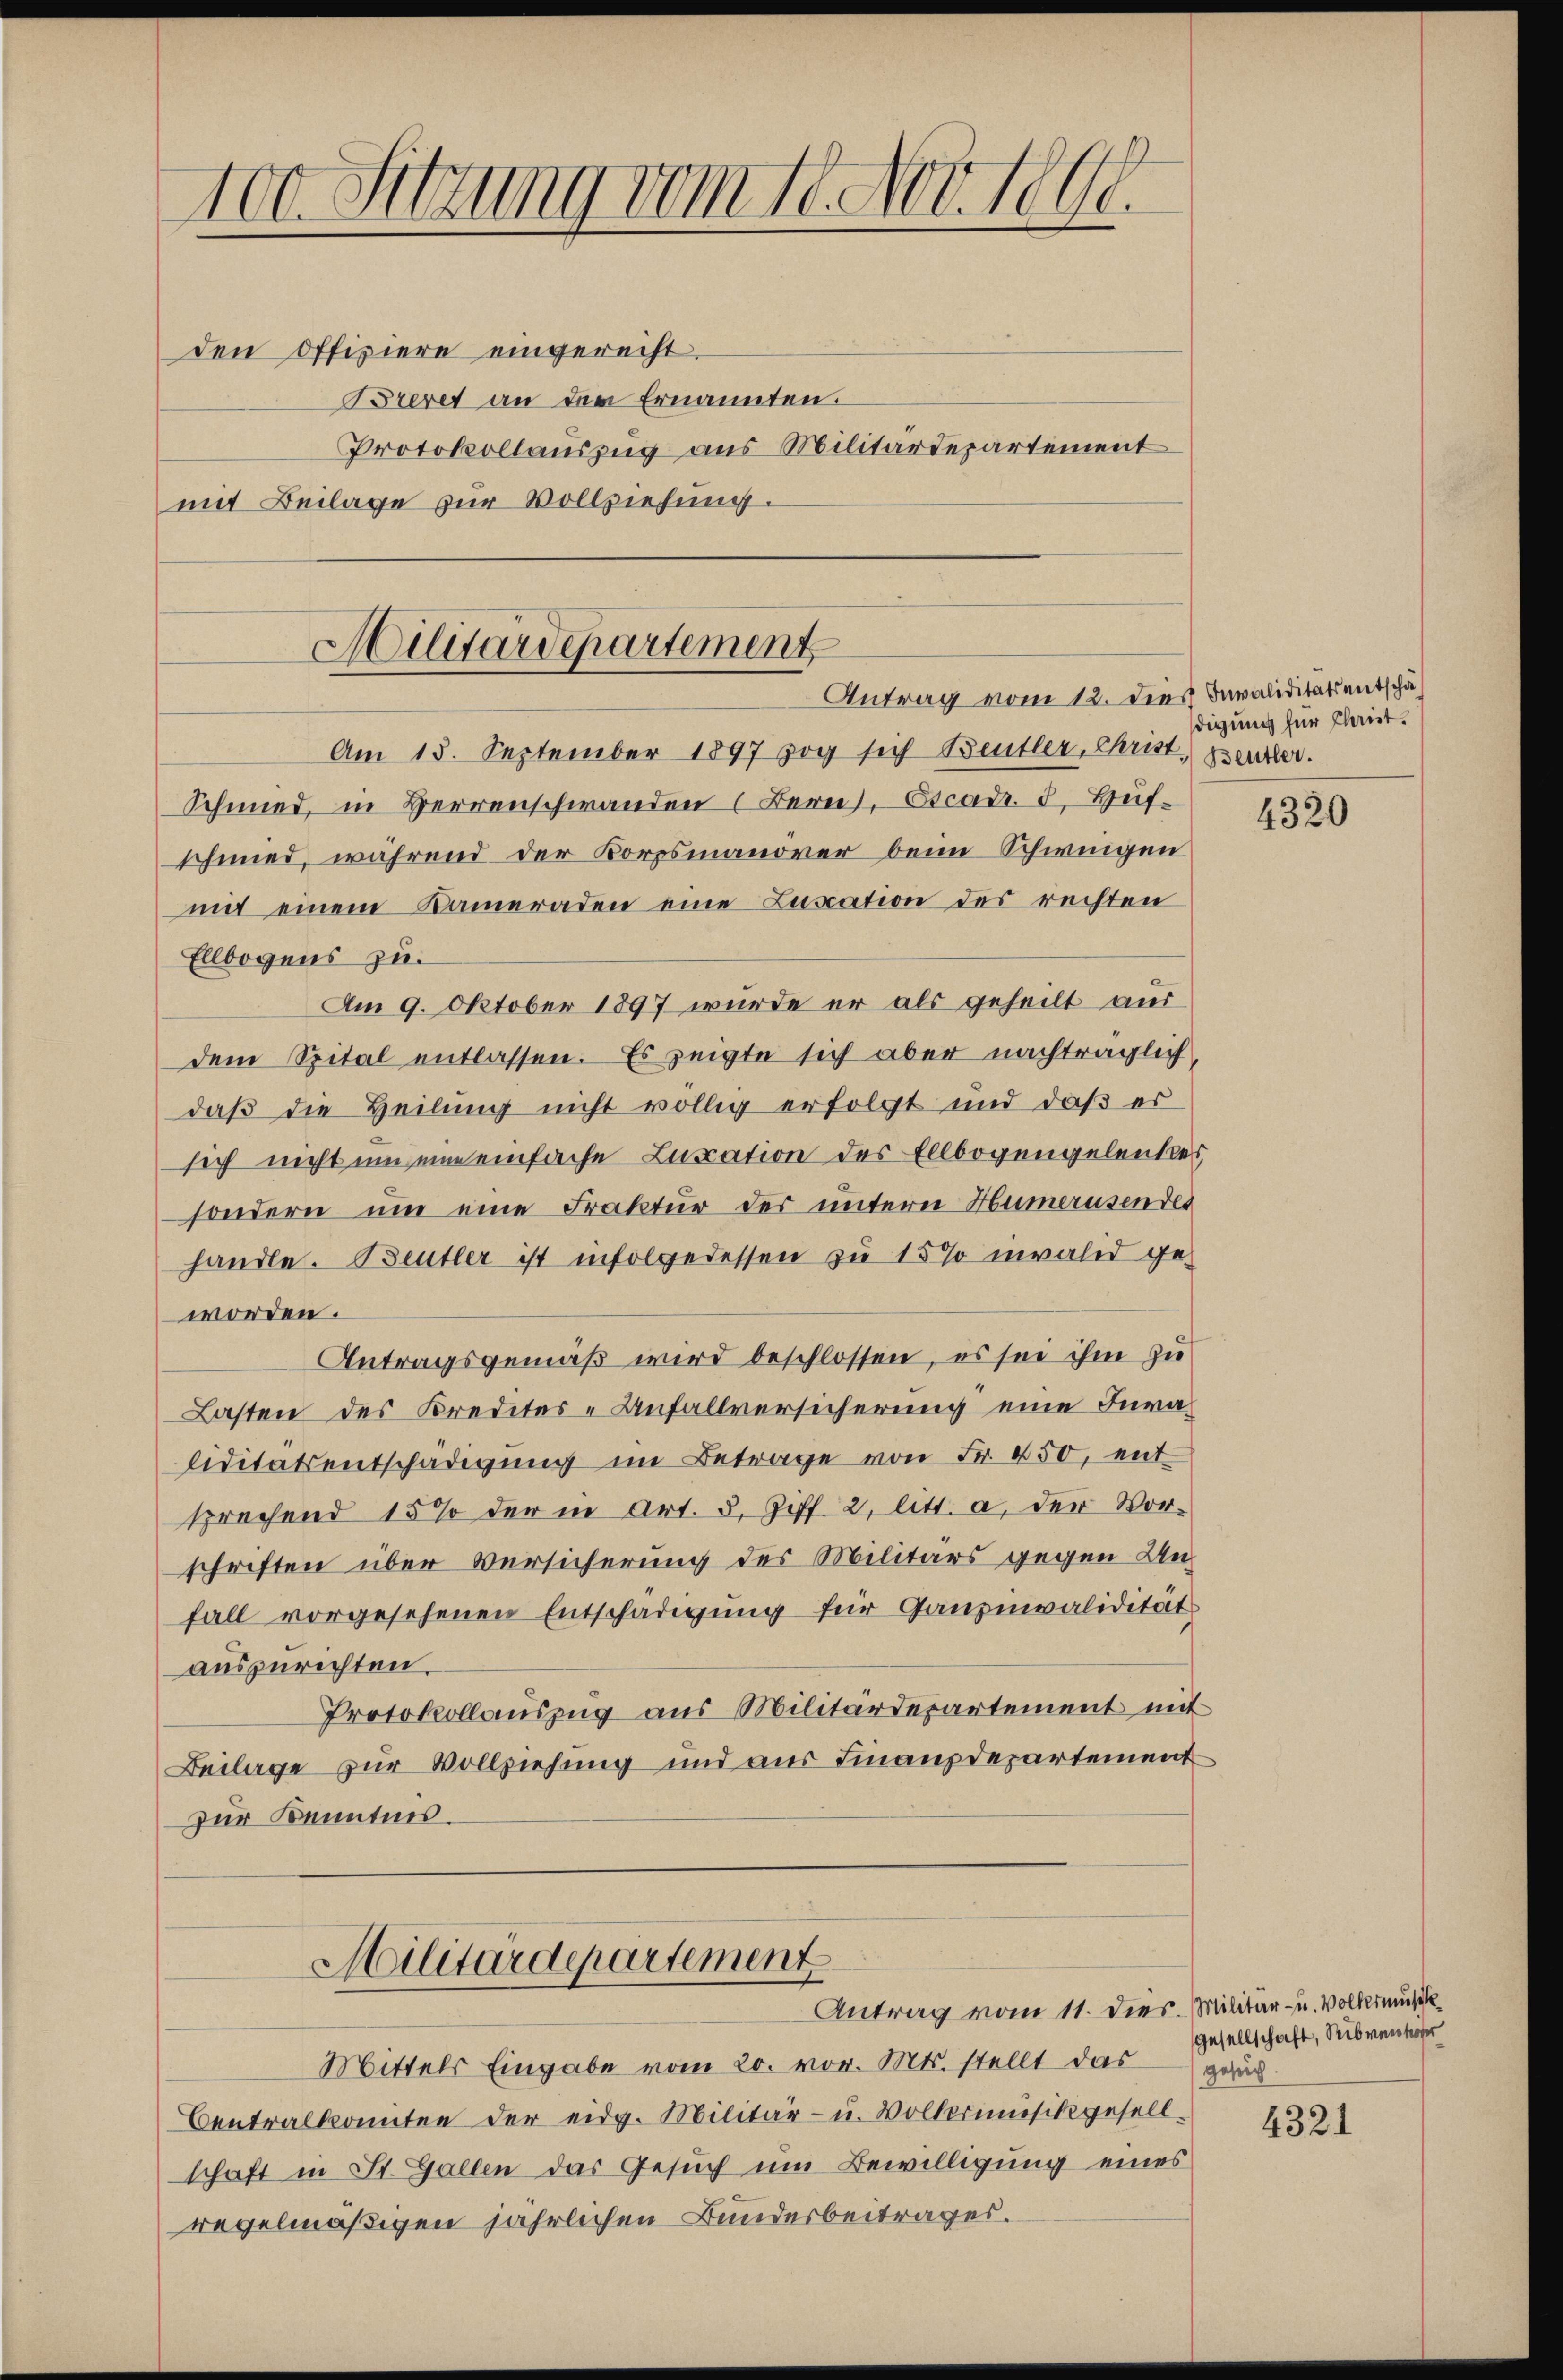
100. Sitzung vom 10. Nov. 1890.

den Offiziere eingerecht.
Brevet an der Ernannten.
Protokollauszug aus Militärdepartement
mit Beilage zur Vollziehung.

Militärdepartement
Antrag vom 12. Dies Invaliditats entschä

Militärdepartement
Antrag vom 11. dies. Militar- u. Volkermusik

Mittels Eingabe vom 20. vor. Mts. stellt das grad
Centralkonnten der eidg. Militär- u. Volkerimisikgesellschaft in St. Gallen das Gesuch um Bewilligung eines
regelmäßigen jährlichen Bundesbeitrages.

Am 15. September 1897 zog sich Bentler, Christ, sentler.
Schmied, in Herrenschwanden (Bern, Escadr. 8. Hufschmied, während der Korpsmanover beim Schweigen
mit einem Kameraden eine Luscation des rechten
Ellbogens zu.
Am 9. Oktober 1897 wurde er als geheilt aus
dem Spital entlassen. Es zeigte sich aber nachträglich
daß die Heilung nicht völlig erfolgt und daß es
sich nicht um eine einfache Lucation des Ellbogengelenkes,
sondern um eine Fraktur der untern Humerusendes
handle. Beutler ist infolgedessen zu 15% invalid geworden.
Antragsgemäß wird beschlossen, es sei ihm zu
Lasten des Kredites - Anfallversicherung eine Juraliditätsentschädigung im Betrage von Fr. 450, ent
sprechend 15% der in Art. 5. Ziff. 2, litt. a, der Vorschriften über Versicherung des Militärs gegen Unfall vorgesehenen Entschädigung für Ganznvalidität
auszurechten.
Protokollauszug aus Militärdepartement mit
Beilage zur Vollziehung und aus Finanzdepartement
zur Kenntnis.

digung für Christ.

4320

Gesellschaft, Sibrentor

4321